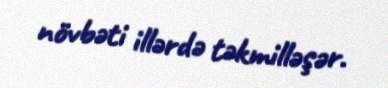
növbəti illərdə təkmilləşər.